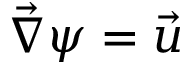
\vec { \nabla } \psi = \vec { u }